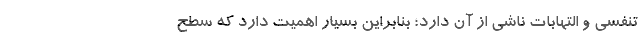
تنفسی و التهابات ناشی از آن دارد؛ بنابراین بسیار اهمیت دارد که سطح